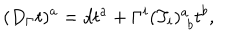
LaTeX: ( D _ { \Gamma } t ) ^ { a } = d t ^ { a } + \Gamma ^ { i } ( T _ { i } ) _ { \, \, b } ^ { a } t ^ { b } ,